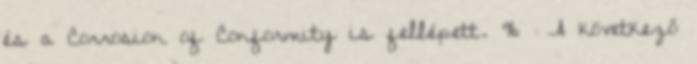
és a Corrosion of Conformity is fellépett. 96 A következő